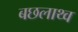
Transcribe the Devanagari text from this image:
बछलाथ्व